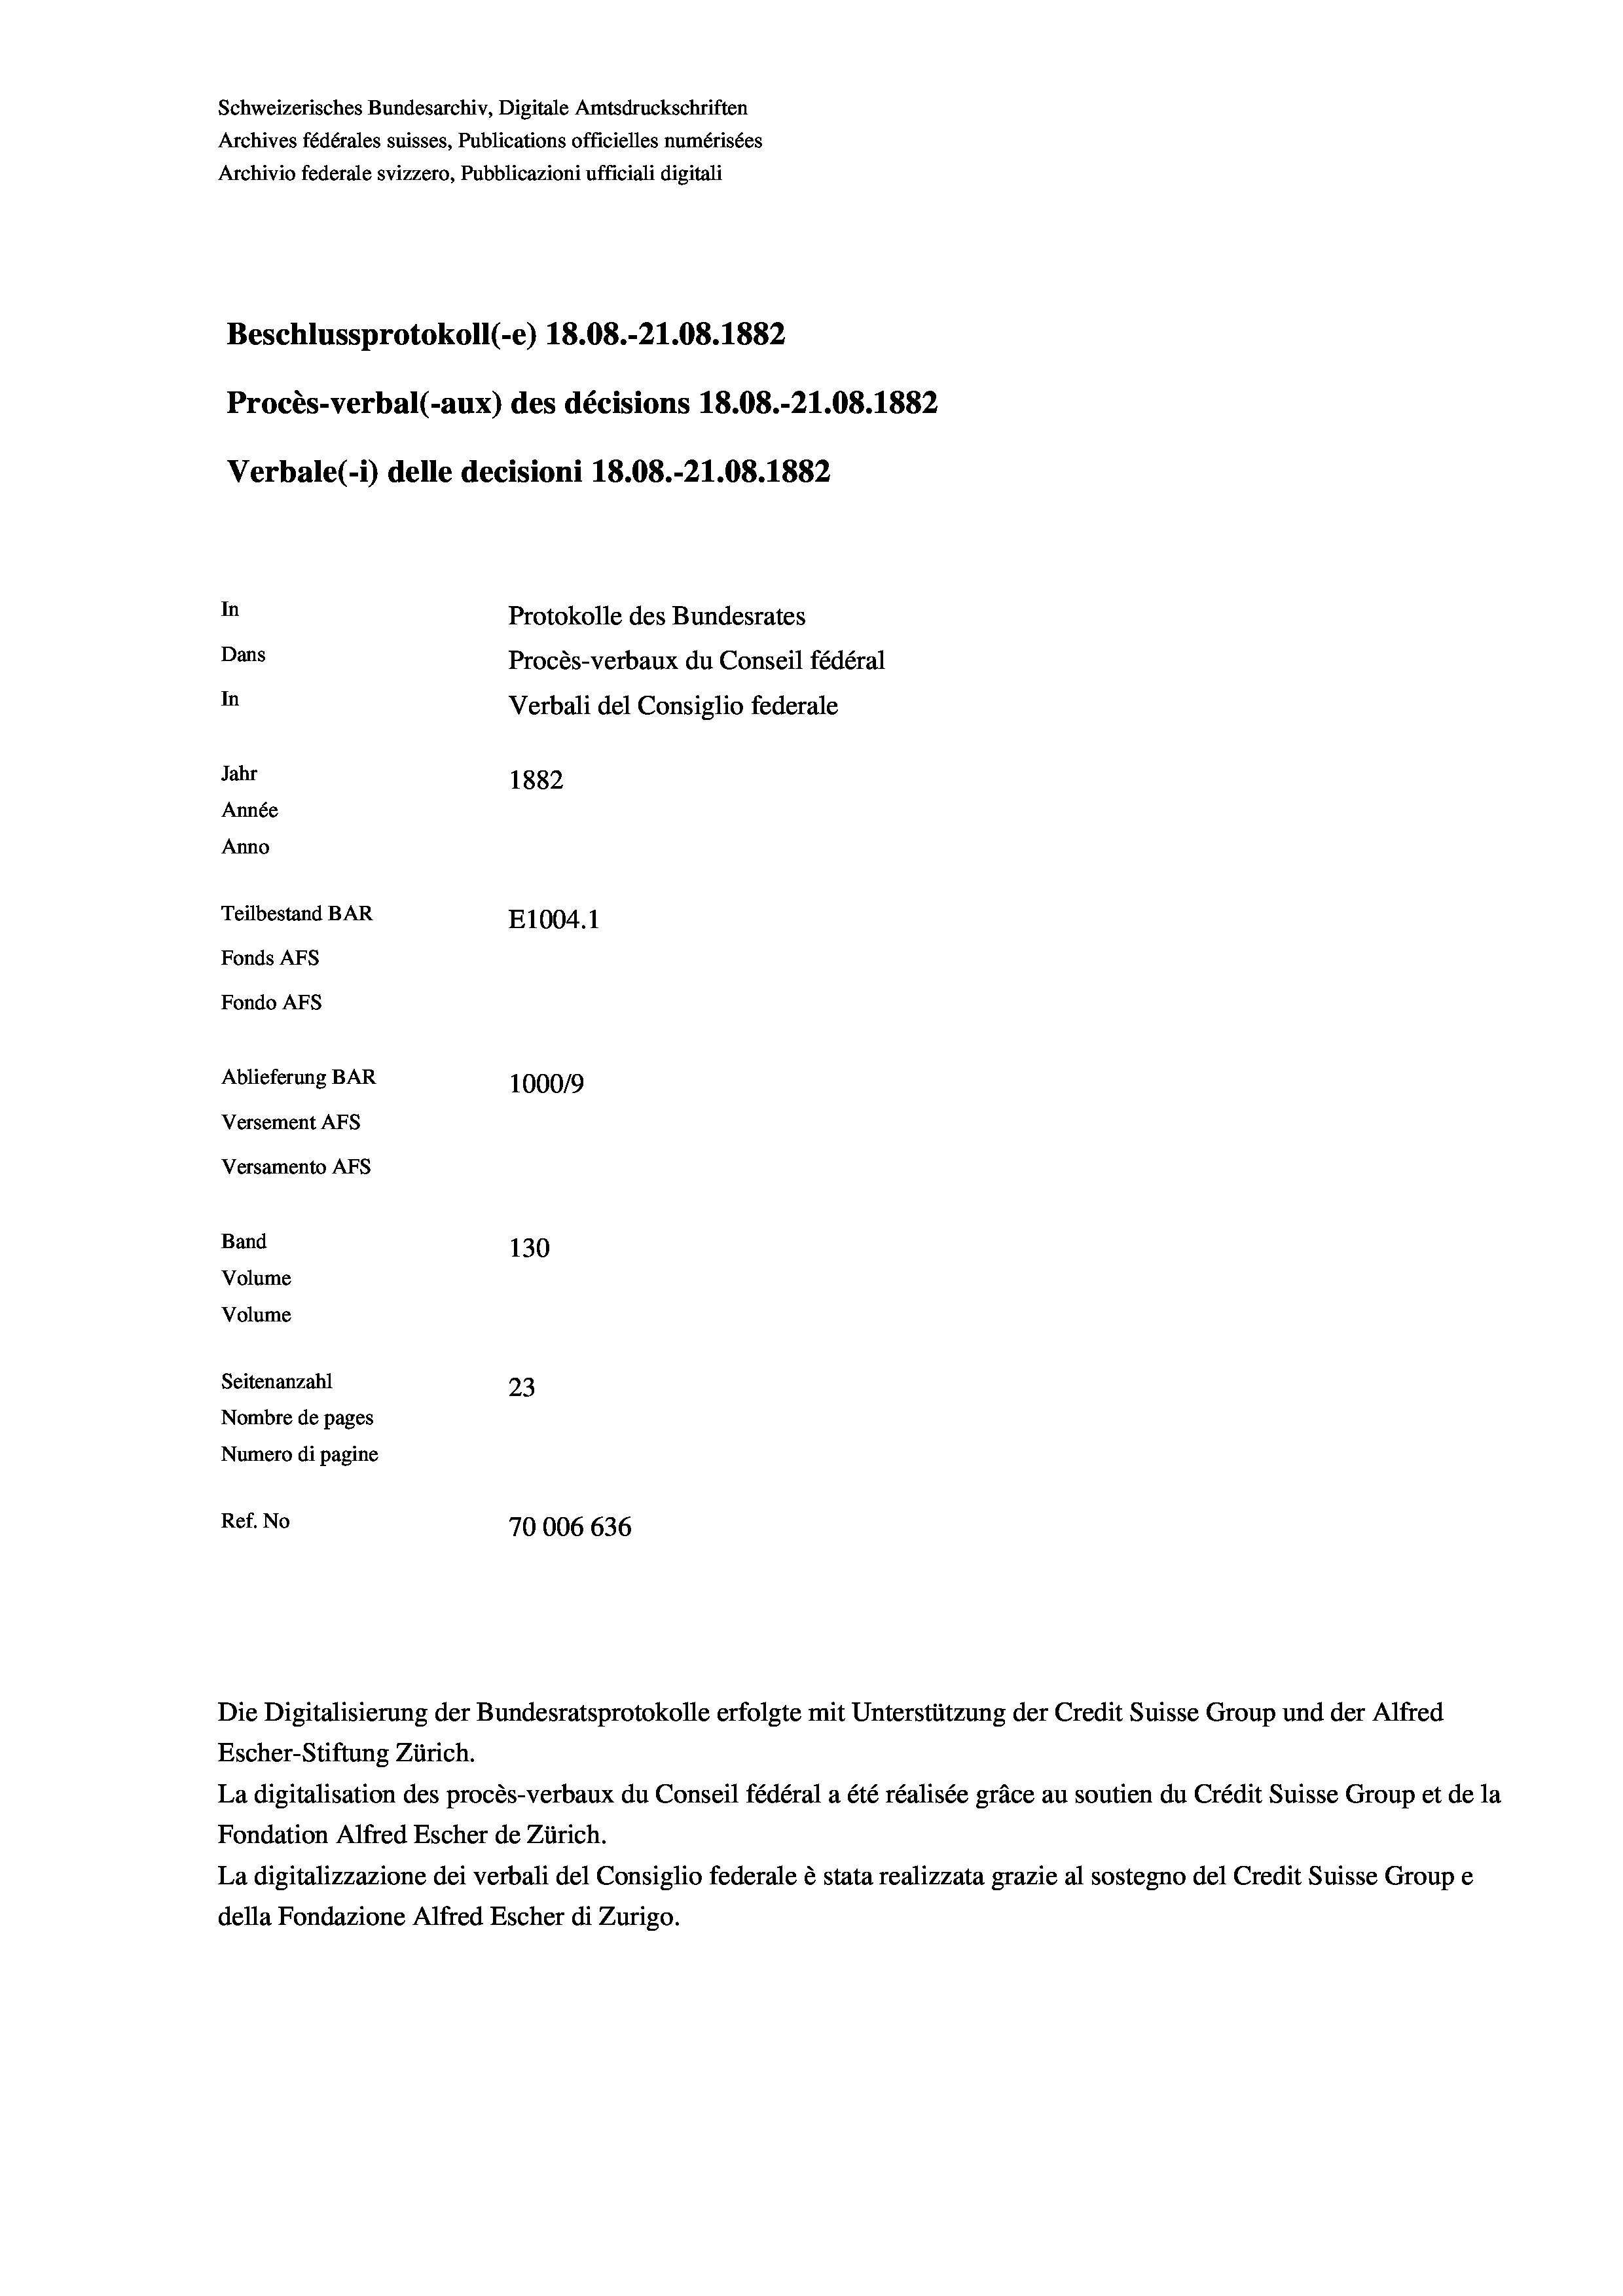
Schweizerisches Bundesarchiv, Digitale Amtsdruckschriften
Archives fédérales suisses, Publications officielles numérisées
Archivio federale svizzero, Pubblicazioni ufficiali digitali
Beschlussprotokoll (-e) 18.08.-21.08. 1882
Procès-verbal (-aux) des décisions 18.08.-21.08. 1882
Verbale (- 1) delle decisioni 18.08.-21.08. 1882
In
Protokolle des Bundesrates
Dans
Procès-verbaux du Conseil fédéral
In
Verbali del Consiglio federale
Jahr
1882
Année
Anno
Teilbestand BAR
E1004. 1
Fonds AFs
Fondo Afs
Ablieferung BAR
100019
Versement AFs
Versamento Afs
Band
130
Volume
Volume

Seitenanzahl
23
Nombre de pages
Numero di pagine
Ref. No
70006636

Die Digitalisierung der Bundesratsprotokolle erfolgte mit Unterstützung der Credit Suisse Group und der Alfred
Escher-Stiftung Zürich.
La digitalisation des procès-verbaux du Conseil fédéral a été réalisée gräce au soutien du Crédit Suisse Group et de la
Fondation Alfred Escher de Zürich.
La digitalizzazione dei verbali del Consiglio federale è stata realizzata grazie al sostegno del Credit Suisse Groupe
della Fondazione Alfred Escher di Zurigo.